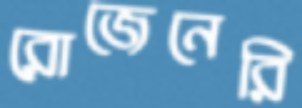
রোজেনেরি